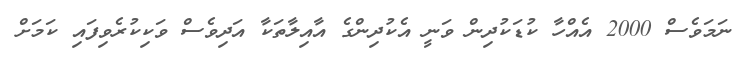
ނަމަވެސް 2000 އެއްހާ ކުޑަކުދިން ވަނީ އެކުދިންގެ އާއިލާތަކާ އަދިވެސް ވަކިކުރެވިފައި ކަމަށް